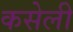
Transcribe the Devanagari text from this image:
कसेली